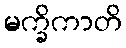
မက္ခိကာတိ